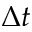
\Delta t